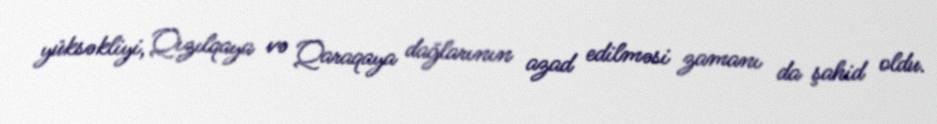
yüksəkliyi, Qızılqaya və Qaraqaya dağlarının azad edilməsi zamanı da şahid oldu.